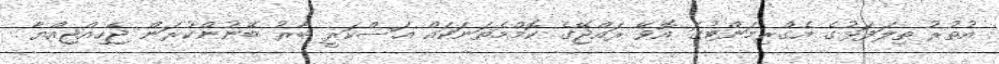
އުތުރު ތިލަފަޅުގެ އެގްރިމަންޓުގަ އޮވޭ ރައްޖޭގެ ކޮމްމެތަނަކައް އަސްކަރީ ބާރު ބޭނުންކުރަން ޖެހިއްޖިއްޔާ